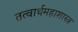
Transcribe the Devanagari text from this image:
तत्वार्थमहाशास्त्र